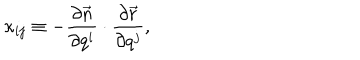
LaTeX: \kappa _ { i j } \equiv - \frac { \partial \vec { n } } { \partial q ^ { i } } \cdot \frac { \partial \vec { r } } { \partial q ^ { j } } ,